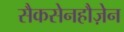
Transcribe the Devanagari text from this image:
सैकसेनहौज़ेन